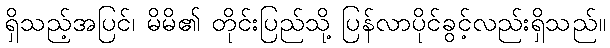
ရှိသည့်အပြင်၊ မိမိ၏ တိုင်းပြည်သို့ ပြန်လာပိုင်ခွင့်လည်းရှိသည်။